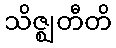
သိဇ္ဈတီတိ